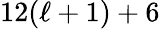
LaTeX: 12(\ell+1)+6